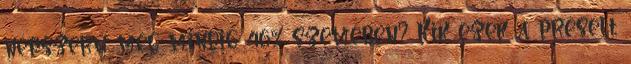
népszerű még mindig 46% szemében? Kik ezek a préselt